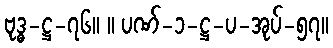
ဗုဒ္ဓ-ဋ္ဌ-၇၆။ ။ ပဏ်-၁-ဋ္ဌ-ပ-အုပ်-၅၇။